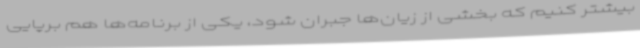
بیشتر کنیم که بخشی از زیان‌ها جبران شود، یکی از برنامه‌ها هم برپایی